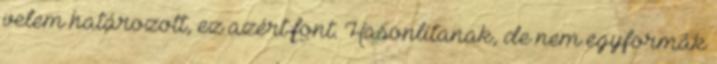
velem határozott, ez azért font. Hasonlítanak, de nem egyformák